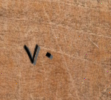
٧٠